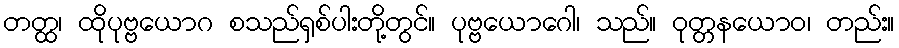
တတ္ထ၊ ထိုပုဗ္ဗယောဂ စသည်ရှစ်ပါးတို့တွင်။ ပုဗ္ဗယောဂေါ၊ သည်။ ဝုတ္တနယောဝ၊ တည်း။